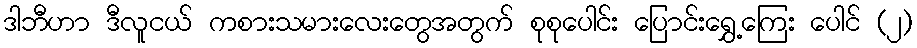
ဒါဘီဟာ ဒီလူငယ် ကစားသမားလေးတွေအတွက် စုစုပေါင်း ပြောင်းရွှေ့ကြေး ပေါင် (၂)